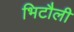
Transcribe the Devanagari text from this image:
भिटौली